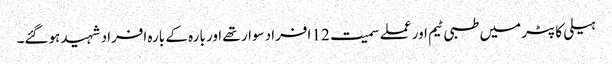
ہیلی کاپٹر میں طبی ٹیم اور عملے سمیت 12 افراد سوار تھے اور بارہ کے بارہ افراد شہید ہوگئے۔